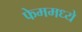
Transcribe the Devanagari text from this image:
फेममध्ये